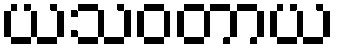
ယသဝတာယ